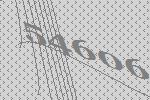
54606